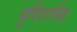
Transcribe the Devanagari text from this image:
भूपिंदरसिंह